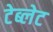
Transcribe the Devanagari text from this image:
टेब्लेट